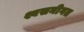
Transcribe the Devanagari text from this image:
श्वसनीगत